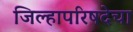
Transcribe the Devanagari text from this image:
जिल्हापरिषदेचा